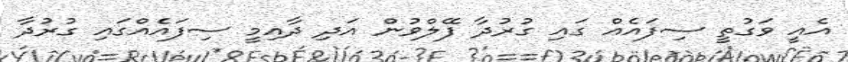
އެއީ ވަގުތީ ސިފައެއް ގައި ގުރުދާ ފޭލްވުން އަދި ދާއިމީ ސިފައެއްގައި ގުރުދާ